Annual report on the Civil Veterinary Department, Burma (including the Insein Veterinary School) - 1910-1922
Year: 1910
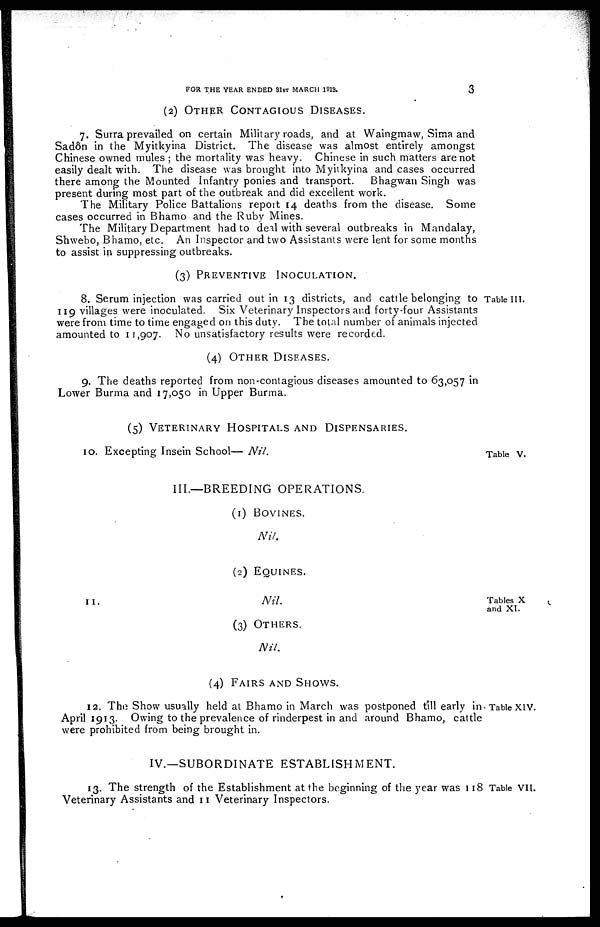
FOR THE YEAR ENDED 31ST MARCH 1913.
3
(2) OTHER CONTAGIOUS DISEASES.
7. Surra prevailed on certain Military roads, and at Waingmaw, Sima and
Sadôn in the Myitkyina District. The disease was almost entirely amongst
Chinese owned mules ; the mortality was heavy. Chinese in such matters are not
easily dealt with. The disease was brought into Myitkyina and cases occurred
there among the Mounted Infantry ponies and transport.
Bhagwan Singh was
present during most part of the outbreak and did excellent work.
The Military Police Battalions report 14 deaths from the disease. Some
cases occurred in Bhamo and the Ruby Mines.
The Military Department had to deal with several outbreaks in Mandalay,
Shwebo, Bhamo, etc. An Inspector and two Assistants were lent for some months
to assist in suppressing outbreaks.
(3) PREVENTIVE INOCULATION.
Table III.
8. Serum injection was carried out in 13 districts, and cattle belonging to
119 villages were inoculated. Six Veterinary Inspectors and forty-four Assistants
were from time to time engaged on this duty. The total number of animals injected
amounted to 11,907. No unsatisfactory results were recorded.
(4) OTHER DISEASES.
9. The deaths reported from non-contagious diseases amounted to 63,057 in
Lower Burma and 17,050 in Upper Burma.
(5) VETERINARY HOSPITALS AND DISPENSARIES.
Table V.
10. Excepting Insein School— Nil.
III.—BREEDING OPERATIONS.
(1) BOVINES.
Nil.
(2) EQUINES.
Tables X
and XI
11.
Nil.
(3) OTHER.
Nil,
(4) FAIRS AND SHOWS.
Table XIV.
12. The Show usually held at Bhamo in March was postponed tíll early in-
April 1913. Owing to the prevalence of rinderpest in and around Bhamo, cattle
were prohibited from being brought in.
IV.—SUBORDINATE ESTABLISHMENT.
Table VII.
13. The strength of the Establishment at the beginning of the year was 118
Veterinary Assistants and 11 Veterinary Inspectors.